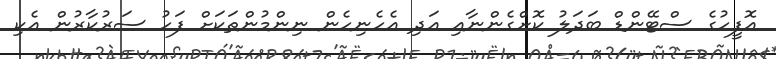
އޮފީހުގެ ސްޓޭންޑް ބަދަލު ކޮށްގެންނާއި އަދި އެހެނިހެން ނިންމުންތަކަށް ފަހު ސަރުކާރުން އެކި